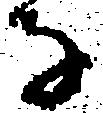
子